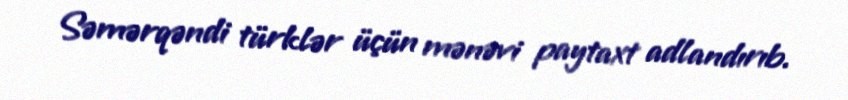
Səmərqəndi türklər üçün mənəvi paytaxt adlandırıb.